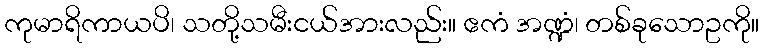
ကုမာရိကာယပိ၊ သတို့သမီးငယ်အားလည်း။ ဧကံ အဏ္ဍံ၊ တစ်ခုသောဥကို။